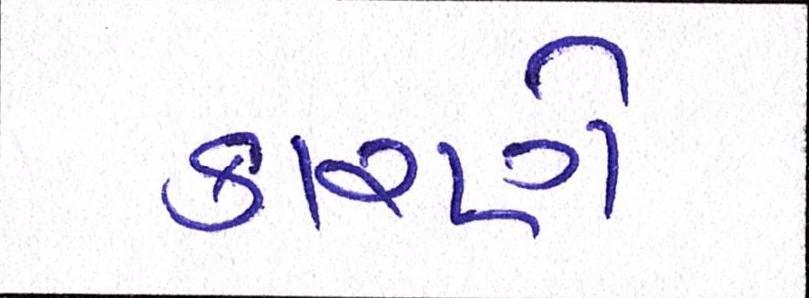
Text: કારણે